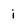
Character: i